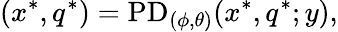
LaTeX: (x^{*},q^{*})=\mathrm{PD}_{(\phi,\theta)}(x^{*},q^{*};y),